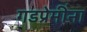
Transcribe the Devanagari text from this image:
गडप्रेमींना